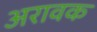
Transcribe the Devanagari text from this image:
अरावक